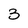
Character: 3